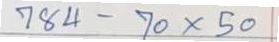
784 - 70 x 50